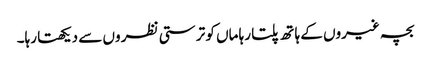
بچہ غیروں کے ہا تھ پلتا رہا ماں کو تر ستی نظر وں سے دیکھتا رہا۔